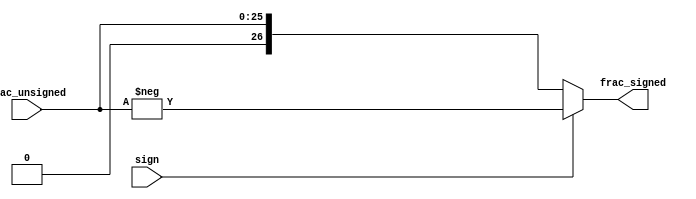
module u_to_s (
	sign,
	frac_unsigned,
	frac_signed
);
	input sign;
	input [25:0] frac_unsigned;
	output reg [26:0] frac_signed;
	always @(*) begin
		frac_signed = {1'b0, frac_unsigned};
		if (sign == 1)
			frac_signed = -frac_signed;
	end
endmodule